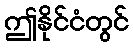
ဤနိုင်ငံတွင်